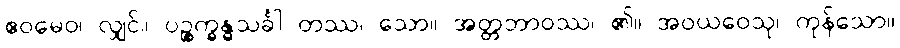
ဧဝမေဝ၊ လျှင်။ ပဉ္စက္ခန္ဓသင်္ခါ တဿ၊ သော။ အတ္တဘာဝဿ၊ ၏။ အဝယဝေသု၊ ကုန်သော။